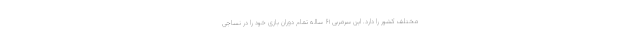
مختلف کشور را دارد. این سرمربی ۶۱ ساله تمام دوران بازی خود را در نساجی